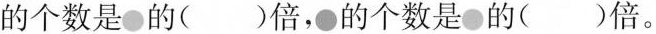
的个数是的( )倍，的个数是的( )倍。